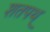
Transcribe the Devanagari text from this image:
शतपथ्